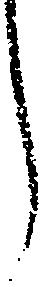
し